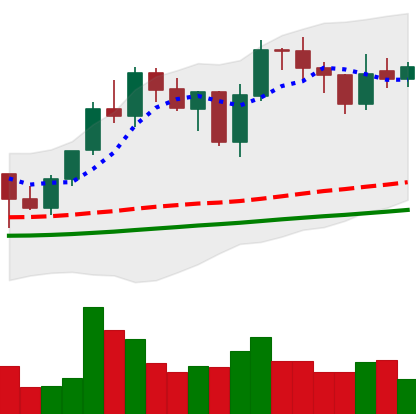
Ticker: LINK-USD
Chart end date: 2021-01-30
Forward return: 3.835%
Label: up_3_5